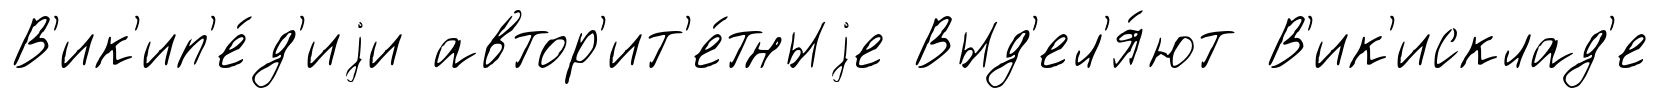
В'ик'ип'е́д'иjи автор'ит'е́тныjе Выд'ел'я́ют В'ик'исклад'е